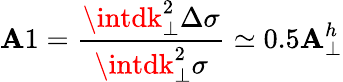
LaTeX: \mathbf{A}1=\frac{{\intdk_{\perp}^{2}\Delta\sigma}}{{\intdk_{\perp}^{2}\sigma}}\simeq0.5\mathbf{A}_{\perp}^{h}